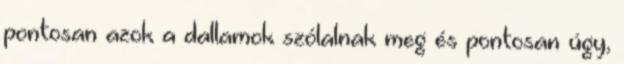
pontosan azok a dallamok szólalnak meg és pontosan úgy,